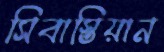
সিবাস্তিয়ান